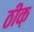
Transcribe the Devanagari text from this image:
ठीक़